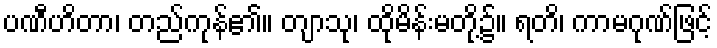
ပဏီဟိတာ၊ တည်ကုန်၏။ တျာသု၊ ထိုမိန်းမတို့၌။ ရတိ၊ ကာမဂုဏ်ဖြင့်